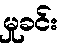
မှုခင်း